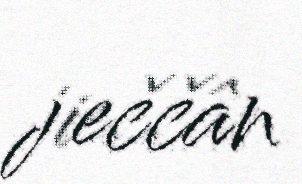
jieččân